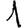
Digit: 1